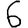
Digit: 6